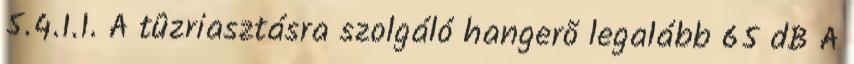
5.4.1.1. A tûzriasztásra szolgáló hangerõ legalább 65 dB A